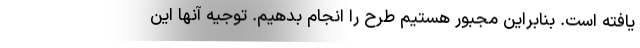
یافته است. بنابراین مجبور هستیم طرح را انجام بدهیم. توجیه آنها این